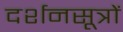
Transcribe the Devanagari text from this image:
दर्शनसूत्रों